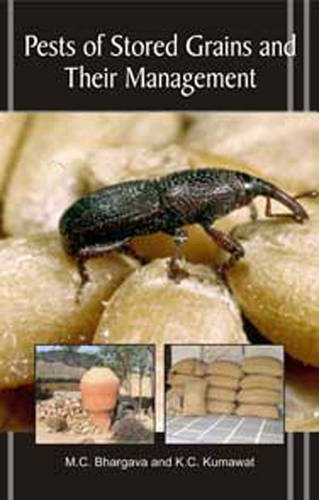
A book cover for Pests of Stored Grains and Their Management; M. C. Bhargava; Science & Math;